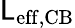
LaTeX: \mathsf{L}_{\mathrm{{eff,CB}}}